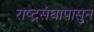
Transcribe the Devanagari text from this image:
राष्ट्रसंघापासुन